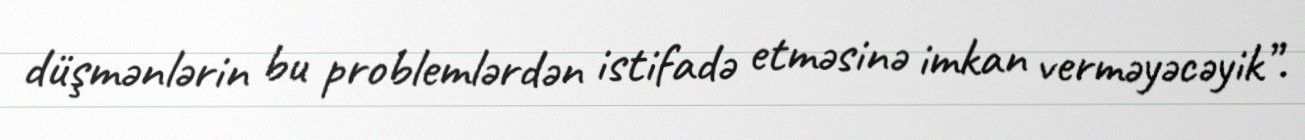
düşmənlərin bu problemlərdən istifadə etməsinə imkan verməyəcəyik”.